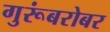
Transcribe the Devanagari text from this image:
गुरूंबरोबर